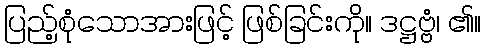
ပြည့်စုံသောအားဖြင့် ဖြစ်ခြင်းကို။ ဒဋ္ဌဗ္ဗံ၊ ၏။